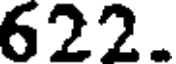
622.